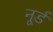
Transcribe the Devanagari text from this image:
नूर्ड